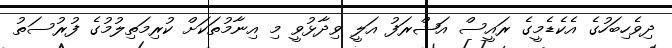
ދިވެހިބަހުގެ އެކެޑެމީގެ ރައީސް އަޝްރަފު އަލީ ވިދާޅުވީ މި އިނާމުތަކަށް ކުރިމަތިލުމުގެ ފުރުސަތު